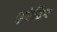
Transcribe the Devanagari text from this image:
एटेब्रिन